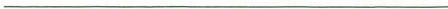
___